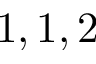
1 , 1 , 2